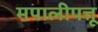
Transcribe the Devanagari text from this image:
मपालीपत्तू